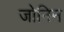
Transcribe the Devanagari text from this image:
जोनिन